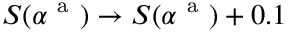
S ( \alpha ^ { \mathrm { ~ a ~ } } ) \rightarrow S ( \alpha ^ { \mathrm { ~ a ~ } } ) + 0 . 1